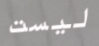
ليست